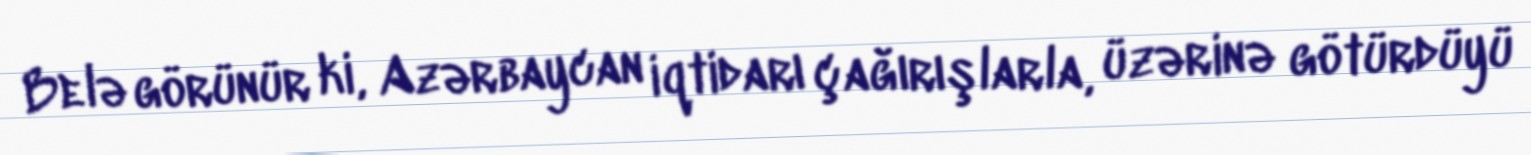
Belə görünür ki, Azərbaycan iqtidarı çağırışlarla, üzərinə götürdüyü